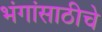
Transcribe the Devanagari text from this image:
भंगांसाठीचे